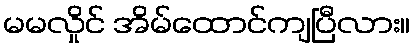
မမလှိုင် အိမ်ထောင်ကျပြီလား။